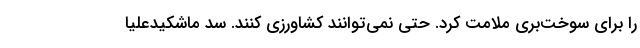
را برای سوخت‌بری ملامت کرد. حتی نمی‌توانند کشاورزی کنند. سد ماشکیدعلیا